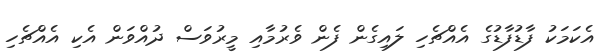
އެކަމަކު ފާޑުފާޑުގެ އެއްޗެހި ލައިގެން ފެން ވެރުމާއި މީރުވަސް ދުއްވަން އެކި އެއްޗެހި